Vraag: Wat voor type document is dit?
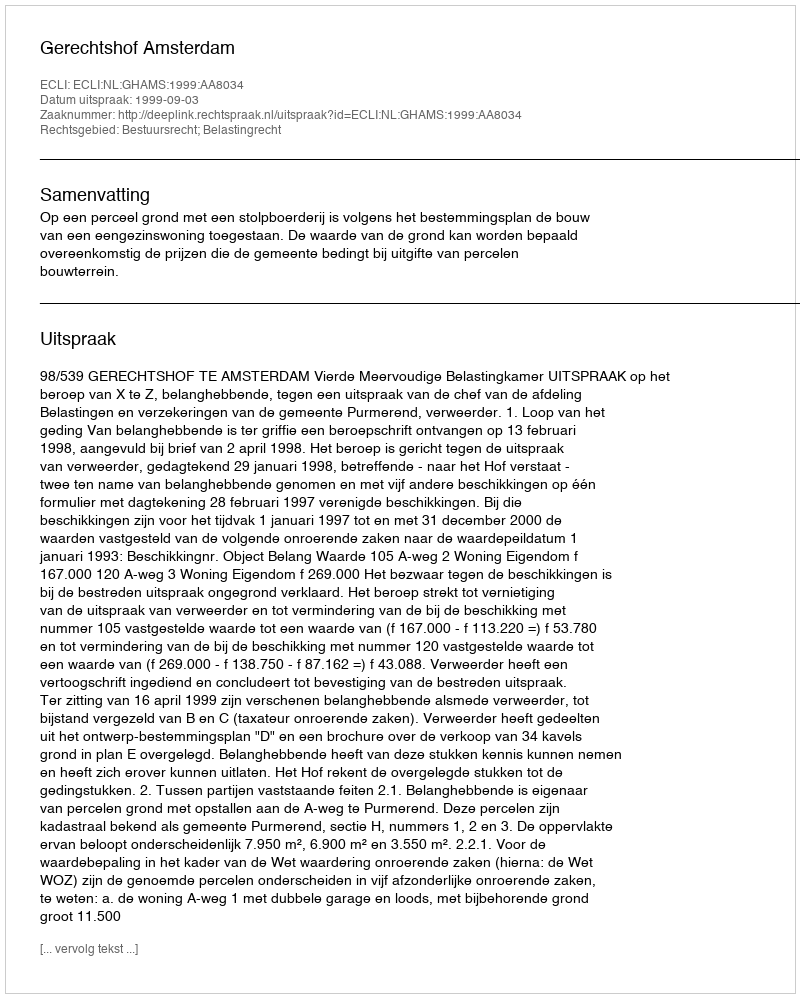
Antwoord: Uitspraak